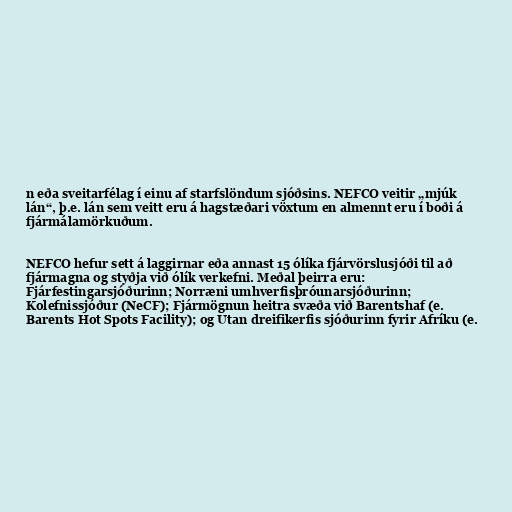
n eða sveitarfélag í einu af starfslöndum sjóðsins. NEFCO veitir „mjúk
lán“, þ.e. lán sem veitt eru á hagstæðari vöxtum en almennt eru í boði á
fjármálamörkuðum.

NEFCO hefur sett á laggirnar eða annast 15 ólíka fjárvörslusjóði til að
fjármagna og styðja við ólík verkefni. Meðal þeirra eru:
Fjárfestingarsjóðurinn; Norræni umhverfisþróunarsjóðurinn;
Kolefnissjóður (NeCF); Fjármögnun heitra svæða við Barentshaf (e.
Barents Hot Spots Facility); og Utan dreifikerfis sjóðurinn fyrir Afríku (e.